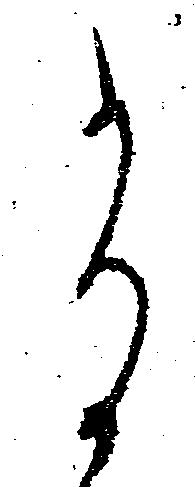
尚